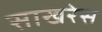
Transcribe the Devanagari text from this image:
साखरेस